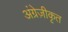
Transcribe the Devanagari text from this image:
अंग्रेज़ीकृत